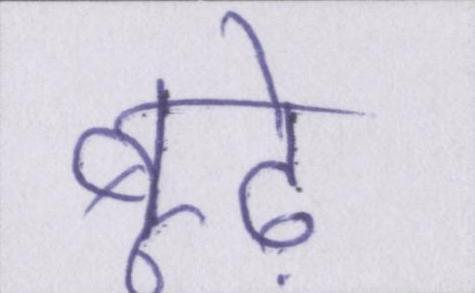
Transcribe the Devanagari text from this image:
बूढ़े